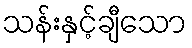
သန်းနှင့်ချီသော